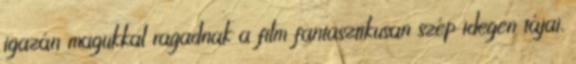
igazán magukkal ragadnak a film fantasztikusan szép idegen tájai,